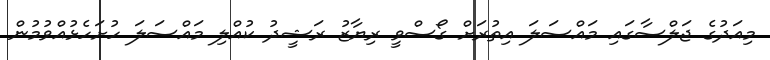
މިއަދުގެ ޖަލްސާގައި މައްސަލަ އިތުރަށް ގޯސްވީ ރިޔާޒު ރަޝީދު ކުއްލި މައްސަލަ ހުށަހެޅުއްވުމުން